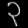
Digit: ၃